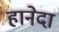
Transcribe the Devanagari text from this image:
हानेदा